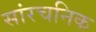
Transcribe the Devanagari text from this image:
सांरचनिक